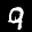
Label: 9